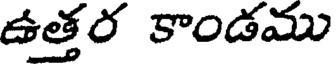
ఉత్తర కాండము